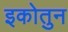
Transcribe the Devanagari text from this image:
इकोतुन